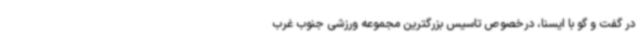
در گفت و گو با ایسنا، درخصوص تاسیس بزرگترین مجموعه ورزشی جنوب غرب